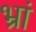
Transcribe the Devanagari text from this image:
भ्रां